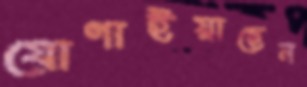
যোগাইয়াছেন